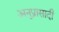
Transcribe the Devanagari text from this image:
अनुप्रासादी